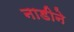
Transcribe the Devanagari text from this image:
नाडीने